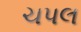
ચપલ